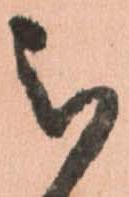
被